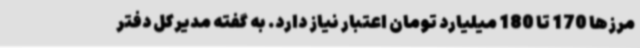
مرزها 170 تا 180 میلیارد تومان اعتبار نیاز دارد. به گفته مدیرکل دفتر